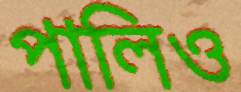
পালিও